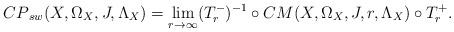
LaTeX: \begin{align*} {CP}_{sw}(X, \Omega_X, J, \Lambda_X) = \lim\limits_{r \to \infty}(T_r^{-})^{-1} \circ CM(X, \Omega_X, J, r, \Lambda_X) \circ T_r^+. \end{align*}